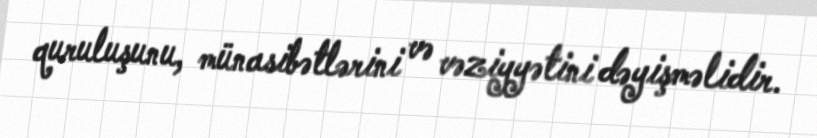
quruluşunu, münasibətlərini və vəziyyətini dəyişməlidir.